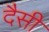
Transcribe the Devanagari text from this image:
दैसी